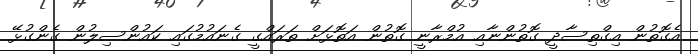
އެގޮތުން އިގްތިސާދީ ގޮތުންނާއި އުމްރާނީ ގޮތުން އަތޮޅަށް ތަރައްގީ ގެނައުމުގައި ކައުންސިލުން ގެންގުޅޭ